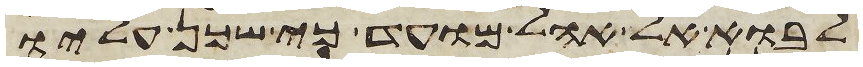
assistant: לבוא אל אהל מועד כי שכן עליו